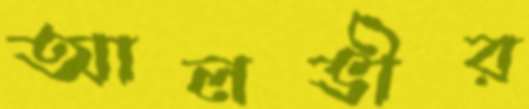
আলভীর